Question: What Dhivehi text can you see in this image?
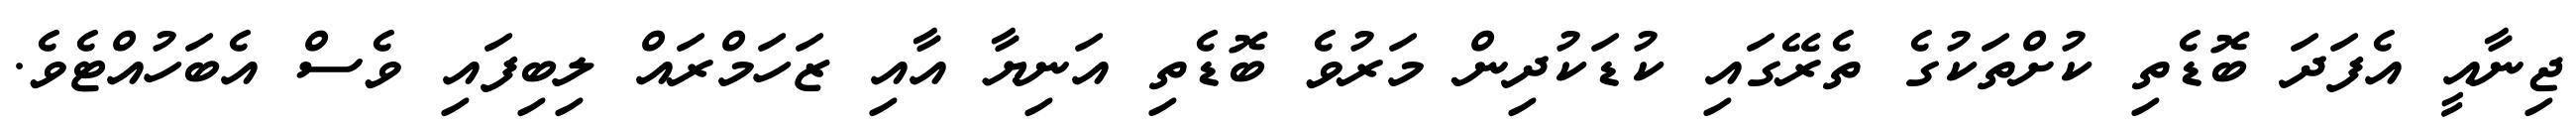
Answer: ޖިނާއީ އެފަދަ ބޮޑެތި ކުށްތަކުގެ ތެރޭގައި ކުޑަކުދިން މަރުވެ ބޮޑެތި އަނިޔާ އާއި ޒަހަމްރައް ލިބިފައި ވެސް އެބަހުއްޓެވެ.